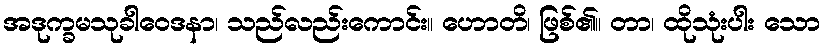
အဒုက္ခမသုခါဝေဒနာ၊ သည်လည်းကောင်း။ ဟောတိ၊ ဖြစ်၏။ တာ၊ ထိုသုံးပါး သော